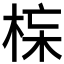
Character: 𱣣